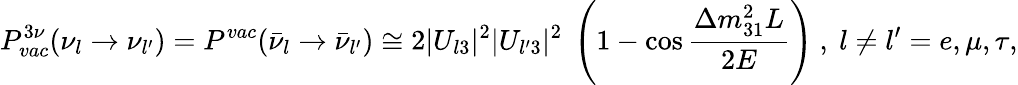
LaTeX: P_{vac}^{3\nu}(\nu_{l}\rightarrow\nu_{l^{\prime}})=P^{vac}(\bar{\nu}_{l}\rightarrow\bar{\nu}_{l^{\prime}})\cong 2|U_{l3}|^{2}|U_{l^{\prime}3}|^{2}~\left(1-\cos{\frac{\Delta m_{31}^{2}L}{2E}}\right)~,~l\neq l^{\prime}=e,\mu,\tau,